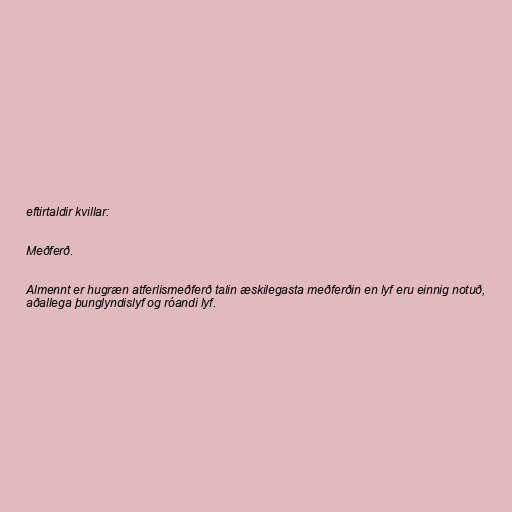
eftirtaldir kvillar:

Meðferð.

Almennt er hugræn atferlismeðferð talin æskilegasta meðferðin en lyf eru einnig notuð,
aðallega þunglyndislyf og róandi lyf.